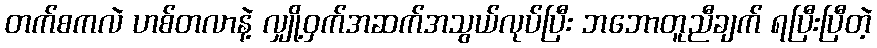
တက်စကလဲ ဟစ်တလာနဲ့ လျှို့ဝှက်အဆက်အသွယ်လုပ်ပြီး ဘဘောတူညီချက် ရပြီးပြီတဲ့